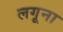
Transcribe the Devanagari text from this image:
लगूना